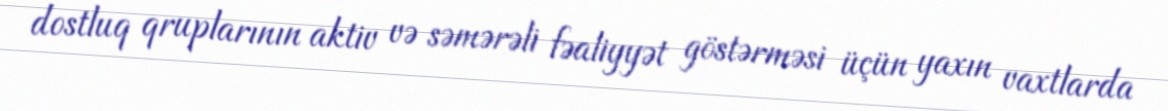
dostluq qruplarının aktiv və səmərəli fəaliyyət göstərməsi üçün yaxın vaxtlarda